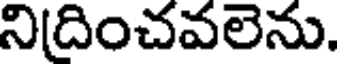
ని(దించవలెను.